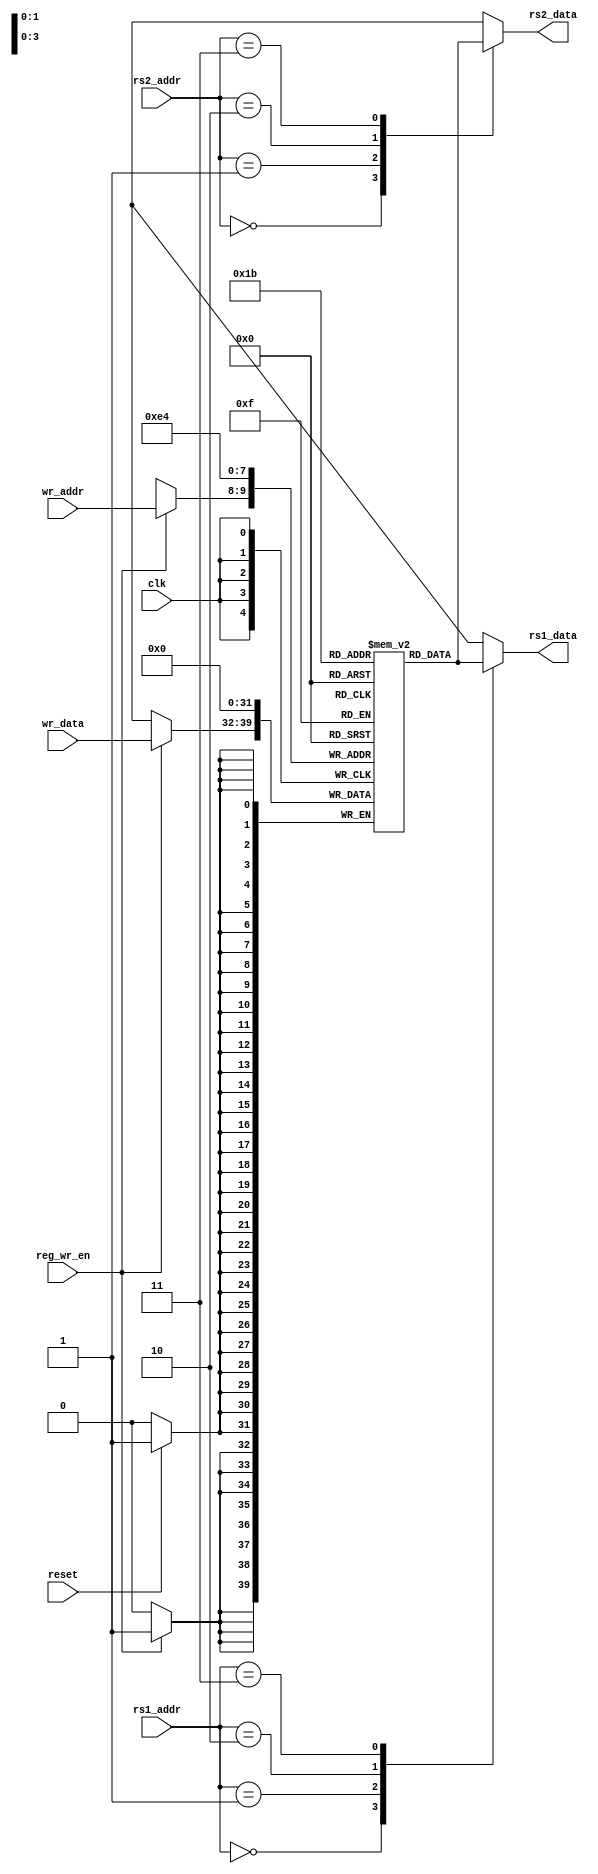
// Register File Module
module register_file (
    input wire clk,            // Clock signal
    input wire reset,          // Reset signal
    input [1:0] rs1_addr,      // Address for the first source register
    input [1:0] rs2_addr,      // Address for the second source register
    input [1:0] wr_addr,       // Address where data is to be written
    input [7:0] wr_data,       // Data to be written into the register file
    input reg_wr_en,           // Write enable signal
    output reg [7:0] rs1_data, // Data from the first source register
    output reg [7:0] rs2_data  // Data from the second source register
);
    
    reg [7:0] registers [0:3]; // Define an array of registers with 4 8-bit registers

    initial begin
            registers[0] = 8'b00000000;
            registers[1] = 8'b00000000;
            registers[2] = 8'b00000000;
            registers[3] = 8'b00000000;
    end

    // Write data into the register file when reg_wr_en is high
    always @(posedge clk) begin
        if(reset) begin
            registers[0] = 8'b00000000;
            registers[1] = 8'b00000000;
            registers[2] = 8'b00000000;
            registers[3] = 8'b00000000;
        end
        if (reg_wr_en) begin
            // Write data into the register specified by wr_addr
            registers[wr_addr] <= wr_data;
//            $display("wr_data %b", wr_data);
        end
    end

    // Assign data to the output ports based on the addresses provided
    always @* begin
//        $display("rs1_addr %b", rs1_addr);
//        $display("rs2_addr %b", rs2_addr);
//        $display("register[0] %b", registers[0]);
//        $display("register[1] %b", registers[1]);
//        $display("register[2] %b", registers[2]);
//        $display("register[3] %b", registers[3]);
        // Extract data from the register file based on the rs1_addr
        case (rs1_addr)
            2'b00: rs1_data = registers[0]; // Register $s0
            2'b01: rs1_data = registers[1]; // Register $s1
            2'b10: rs1_data = registers[2]; // Register $s2
            2'b11: rs1_data = registers[3]; // Register $s3
            default: rs1_data = 8'b0; // Default value
        endcase

        // Extract data from the register file based on the rs2_addr
        case (rs2_addr)
            2'b00: rs2_data = registers[0]; // Register $s0
            2'b01: rs2_data = registers[1]; // Register $s1
            2'b10: rs2_data = registers[2]; // Register $s2
            2'b11: rs2_data = registers[3]; // Register $s3
            default: rs2_data = 8'b0; // Default value
        endcase
    end

endmodule